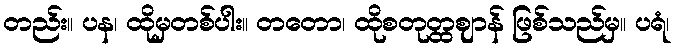
တည်း။ ပန၊ ထိုမှတစ်ပါး။ တတော၊ ထိုစတုတ္ထဈာန် ဖြစ်သည်မှ။ ပရံ၊